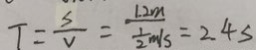
T = \frac { s } { v } = \frac { 1 . 2 m } { \frac { 1 } { 2 } m / s } = 2 . 4 s